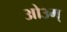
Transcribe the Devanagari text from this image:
आे३म्